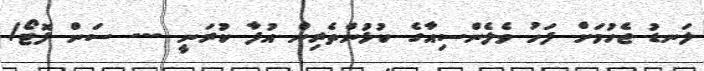
ލަނޑު ޖެހުމަށް ފަހު ވެލެންސިއާގެ ކުޅުންތެރިން އުފާ ކުރަނީ --- ސަން ފޮޓޯ/